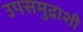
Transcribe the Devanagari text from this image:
उपसमुद्राशी